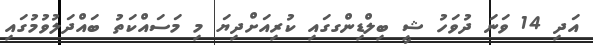
އަދި 14 ވަނަ ދުވަހު ޝީ ބިލްޑިންގގައި ކުރިއަށްދިޔަ މި މަސައްކަތު ބައްދަލުވުމުގައި